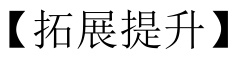
【拓展提升】